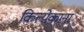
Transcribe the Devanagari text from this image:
कित्येकाना